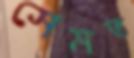
সেমত